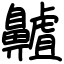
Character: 齇